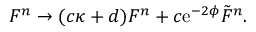
F ^ { n } \rightarrow ( c \kappa + d ) F ^ { n } + c \mathrm { e } ^ { - 2 \phi } { \tilde { F } } ^ { n } .